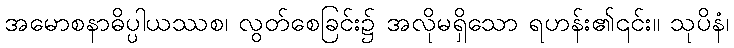
အမောစနာဓိပ္ပါယဿစ၊ လွတ်စေခြင်း၌ အလိုမရှိသော ရဟန်း၏၎င်း။ သုပိနံ၊